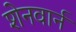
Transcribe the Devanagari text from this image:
शेनवार्न